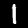
Digit: 1